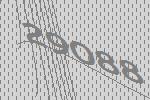
29088